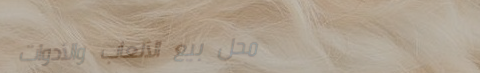
محل بيع الألعاب والأدوات